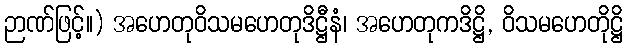
ဉာဏ်ဖြင့်။) အဟေတုဝိသမဟေတုဒိဋ္ဌီနံ၊ အဟေတုကဒိဋ္ဌိ, ဝိသမဟေတိုဋ္ဌိ